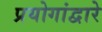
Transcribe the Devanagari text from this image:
प्रयोगांद्वारे